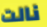
نالت